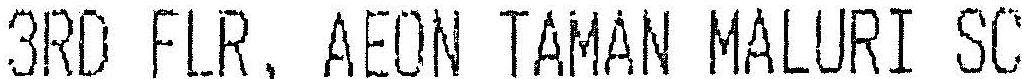
3RD FLR, AEON TAMAN MALURI SC